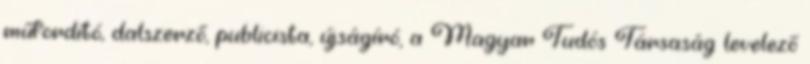
műfordító, dalszerző, publicista, újságíró, a Magyar Tudós Társaság levelező